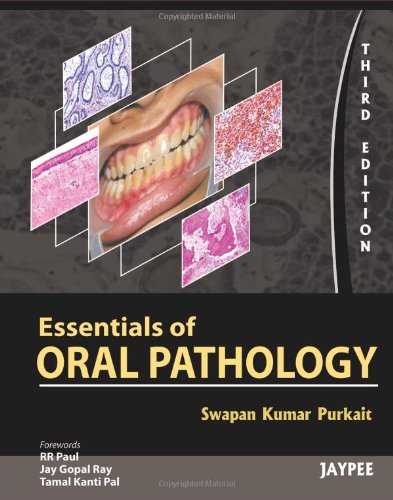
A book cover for Essentials of Oral Pathology; Swapan Kumar Purkait; Medical Books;